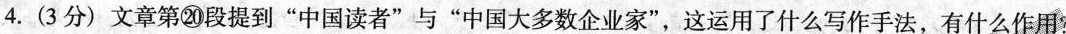
4. (3分) 文章第⑳段提到”中国读者”与”中国大多数企业家”，这运用了什么写作手法，有什么作用?